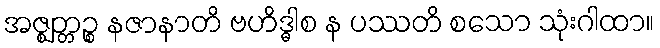
အဇ္ဈတ္တဉ္စ နဇာနာတိ ဗဟိဒ္ဓါစ န ပဿတိ စသော သုံးဂါထာ။